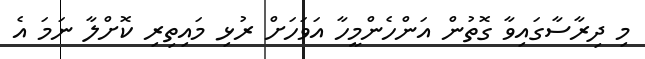
މި ދިރާސާގައިވާ ގޮތުން އަންހެންމީހާ އަވަހަށް ރުޅި މައިތިރި ކޮށްލާ ނަމަ އެ